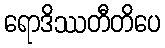
ရောဒိဿတီတိပေ